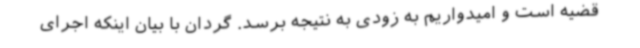
قضیه است و امیدواریم به زودی به نتیجه برسد. گردان با بیان اینکه اجرای